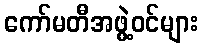
ကော်မတီအဖွဲ့ဝင်များ